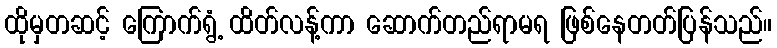
ထိုမှတဆင့် ကြောက်ရွံ့ ထိတ်လန့်ကာ ဆောက်တည်ရာမရ ဖြစ်နေတတ်ပြန်သည်။